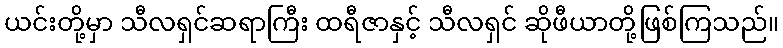
ယင်းတို့မှာ သီလရှင်ဆရာကြီး ထရီဇာနှင့် သီလရှင် ဆိုဖီယာတို့ဖြစ်ကြသည်။